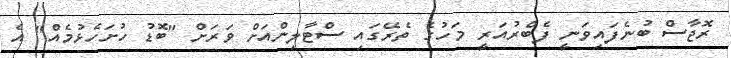
ރޮޖާސް ބުނެފައިވަނީ ފެބްރުއަރީ މަހުގެ ތެރޭގައި ސްޓާލިންއަށް ވަރަށް "ބޮޑު ހުށަހެޅުމެއް" އެ